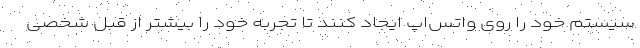
سیستم خود را روی واتس‌اپ ایجاد کنند تا تجربه خود را بیشتر از قبل شخصی